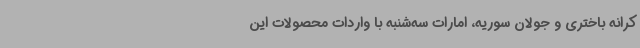
کرانه باختری و جولان سوریه، امارات سه‌شنبه با واردات محصولات این